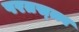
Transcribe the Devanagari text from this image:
परतस्त्त्व